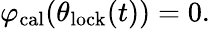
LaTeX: \varphi_{\mathrm{cal}}(\theta_{\mathrm{lock}}(t))=0.